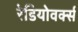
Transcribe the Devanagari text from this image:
रेडियोवर्क्स